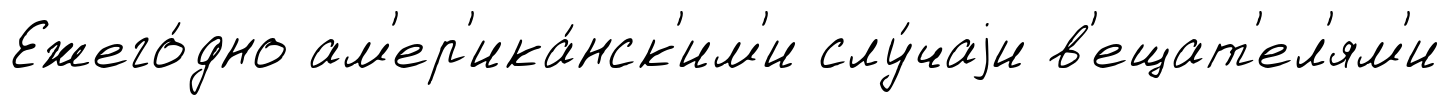
Ежего́дно ам'ер'ика́нск'им'и слу́чаjи в'ещат'ел'ям'и